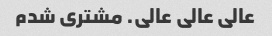
عالی عالی عالی. مشتری شدم